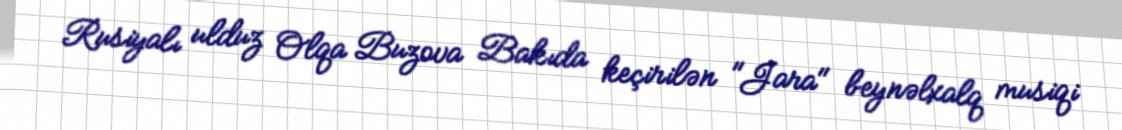
Rusiyalı ulduz Olqa Buzova Bakıda keçirilən "Jara" beynəlxalq musiqi